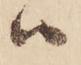
ハ